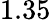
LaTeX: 1.35